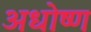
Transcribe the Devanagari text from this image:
अधोष्ण